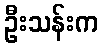
ဦးသန်းက